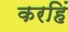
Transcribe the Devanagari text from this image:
करहिं